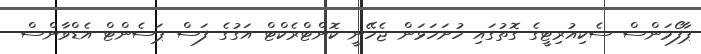
ޕާފޯމަންސް ސެކިއުރިޓީގެ ގޮތުގައި ހުށަހަޅަން ޖެހޭނީ ކޮންޓްރެކްޓް އަގުގެ ފަސް ޕަސެންޓް އެޑްވާންސް